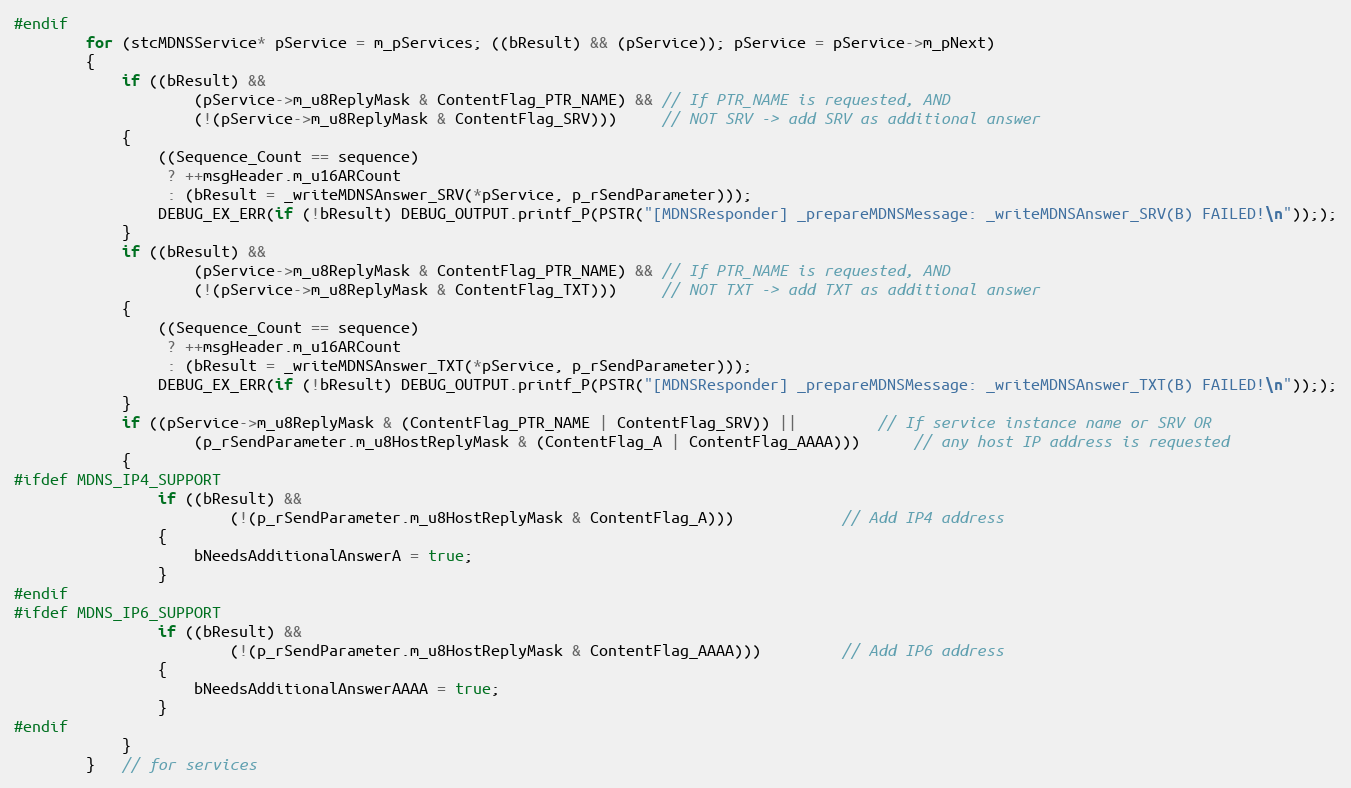
Language: C++
#endif
        for (stcMDNSService* pService = m_pServices; ((bResult) && (pService)); pService = pService->m_pNext)
        {
            if ((bResult) &&
                    (pService->m_u8ReplyMask & ContentFlag_PTR_NAME) && // If PTR_NAME is requested, AND
                    (!(pService->m_u8ReplyMask & ContentFlag_SRV)))     // NOT SRV -> add SRV as additional answer
            {
                ((Sequence_Count == sequence)
                 ? ++msgHeader.m_u16ARCount
                 : (bResult = _writeMDNSAnswer_SRV(*pService, p_rSendParameter)));
                DEBUG_EX_ERR(if (!bResult) DEBUG_OUTPUT.printf_P(PSTR("[MDNSResponder] _prepareMDNSMessage: _writeMDNSAnswer_SRV(B) FAILED!\n")););
            }
            if ((bResult) &&
                    (pService->m_u8ReplyMask & ContentFlag_PTR_NAME) && // If PTR_NAME is requested, AND
                    (!(pService->m_u8ReplyMask & ContentFlag_TXT)))     // NOT TXT -> add TXT as additional answer
            {
                ((Sequence_Count == sequence)
                 ? ++msgHeader.m_u16ARCount
                 : (bResult = _writeMDNSAnswer_TXT(*pService, p_rSendParameter)));
                DEBUG_EX_ERR(if (!bResult) DEBUG_OUTPUT.printf_P(PSTR("[MDNSResponder] _prepareMDNSMessage: _writeMDNSAnswer_TXT(B) FAILED!\n")););
            }
            if ((pService->m_u8ReplyMask & (ContentFlag_PTR_NAME | ContentFlag_SRV)) ||         // If service instance name or SRV OR
                    (p_rSendParameter.m_u8HostReplyMask & (ContentFlag_A | ContentFlag_AAAA)))      // any host IP address is requested
            {
#ifdef MDNS_IP4_SUPPORT
                if ((bResult) &&
                        (!(p_rSendParameter.m_u8HostReplyMask & ContentFlag_A)))            // Add IP4 address
                {
                    bNeedsAdditionalAnswerA = true;
                }
#endif
#ifdef MDNS_IP6_SUPPORT
                if ((bResult) &&
                        (!(p_rSendParameter.m_u8HostReplyMask & ContentFlag_AAAA)))         // Add IP6 address
                {
                    bNeedsAdditionalAnswerAAAA = true;
                }
#endif
            }
        }   // for services